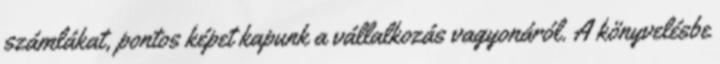
számlákat, pontos képet kapunk a vállalkozás vagyonáról. A könyvelésbe